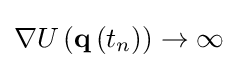
\nabla U\left(\mathbf {q} \left(t_{n}\right)\right)\rightarrow \infty